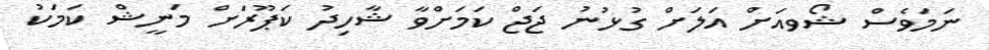
ނަމަވެސް ޝޯވއަށް އަލަށް ގުޅުނު ޖަޖް ކަމަށްވާ ޝާހިދު ކަޕޫރަށް މަނީޝް ކަމަކު